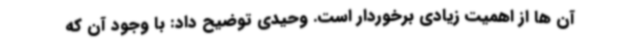
آن ها از اهمیت زیادی برخوردار است. وحیدی توضیح داد: با وجود آن که